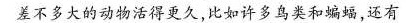
差不多大的动物活得更久，比如许多鸟类和蝙蝠，还有